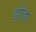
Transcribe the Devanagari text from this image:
झोंझ